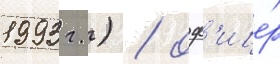
1993 г.) / оф'ице́р